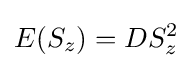
E(S_{z})=DS_{z}^{2}